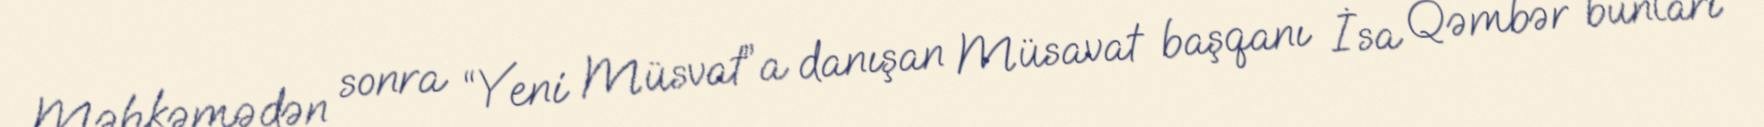
Məhkəmədən sonra “Yeni Müsvat”a danışan Müsavat başqanı İsa Qəmbər bunları